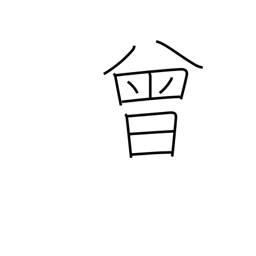
Meaning: once